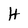
Character: H